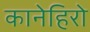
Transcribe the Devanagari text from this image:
कानेहिरो